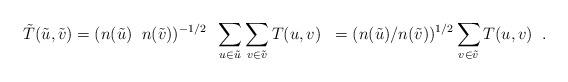
LaTeX: \begin{align*}\tilde T(\tilde u, \tilde v) = (n(\tilde u) \;\; n(\tilde v))^{-1/2} \;\;\sum_{u \in \tilde u} \sum_{v \in \tilde v} T(u,v) \;\; = (n(\tilde u) / n(\tilde v))^{1/2} \sum_{v \in \tilde v} T(u,v) \;\;.\end{align*}